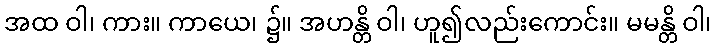
အထ ဝါ၊ ကား။ ကာယေ၊ ၌။ အဟန္တိ ဝါ၊ ဟူ၍လည်းကောင်း။ မမန္တိ ဝါ၊